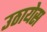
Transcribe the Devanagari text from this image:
उठायेस